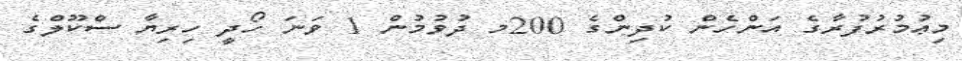
މިޢުމުރުފުރާގެ އަންހެން ކުދިންގެ 200މ ދުވުމުން 1 ވަނަ ހޯދީ ހިރިޔާ ސްކޫލްގެ